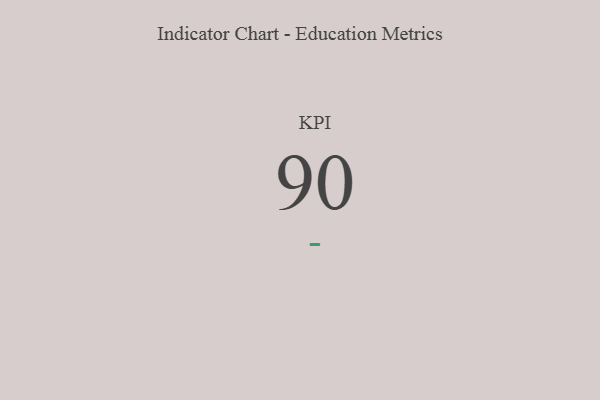
{"axis": {"x": "KPI", "y": "Value"}, "legend": [""], "data": [{"x": "KPI", "y": 90, "type": ""}]}